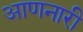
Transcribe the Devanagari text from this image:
आणनारी